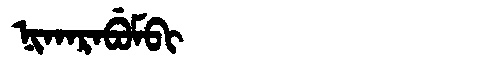
Manchu: ᠨᡳᡴᠠᡵᠠᠪᡠᠮᠪᡳ
Romanization: NIKARABUMBI